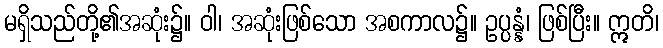
မရှိသည်တို့၏အဆုံး၌။ ဝါ၊ အဆုံးဖြစ်သော အစကာလ၌။ ဥပ္ပန္နံ၊ ဖြစ်ပြီး။ ဣတိ၊